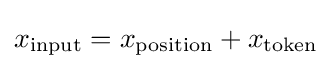
x_{\mathrm {input} }=x_{\mathrm {position} }+x_{\mathrm {token} }